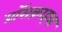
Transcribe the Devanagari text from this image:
प्रॉसक्राइब्ड